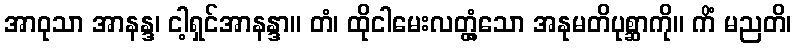
အာဝုသာ အာနန္ဒ၊ ငါ့ရှင်အာနန္ဒာ။ တံ၊ ထိုငါမေးလတ္တံ့သော အနုမတိပုစ္ဆာကို။ ကိံ မညတိ၊